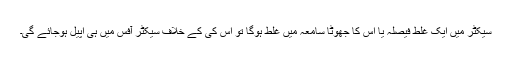
سیکٹر میں ایک غلط فیصلہ یا اس کا جھوٹا سامعہ میں غلط ہوگا تو اس کی کے خلاف سیکٹر آفس میں ہی اپیل ہوجائے گی۔